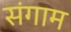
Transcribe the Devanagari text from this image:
संगाम